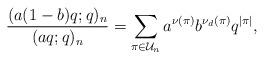
LaTeX: \begin{align*}\frac{(a(1-b)q;q)_n}{(aq;q)_n} = \sum_{\pi\in \mathcal{U}_n} a^{\nu(\pi)} b^{\nu_d(\pi)} q^{|\pi|},\end{align*}